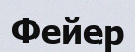
Фейер